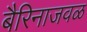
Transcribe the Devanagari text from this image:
बैरिनाजवळ